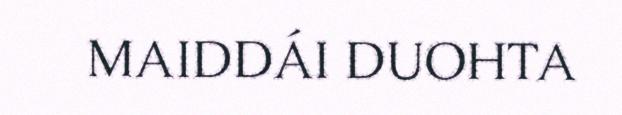
MAIDDÁI DUOHTA